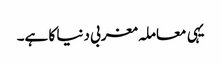
یہی معاملہ مغربی دنیا کا ہے۔